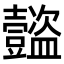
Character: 𧰝